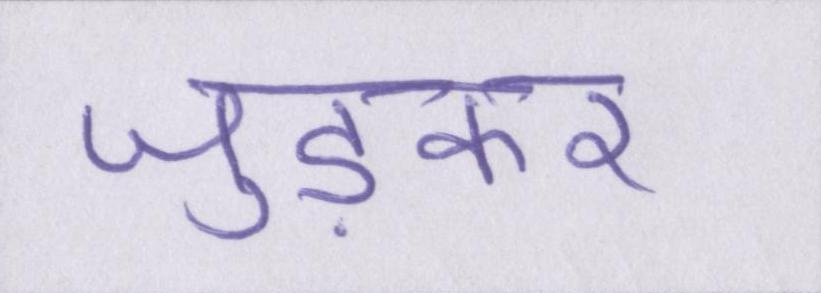
जुड़कर